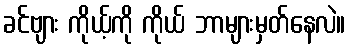
ခင်ဗျား ကိုယ့်ကို ကိုယ် ဘာများမှတ်နေလဲ။